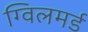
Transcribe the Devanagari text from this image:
ग्विलमर्ड